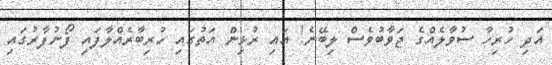
އަދި ހުރިހާ ސުވާލެއްގެ ޖަވާބުވެސް ލިބޭނެ! އައި ރުޅިން އަތުގައި ހުރިބާރެއްލާފައި ފޯނުފާރުގައި